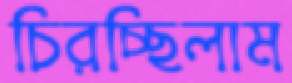
চিরচ্ছিলাম